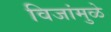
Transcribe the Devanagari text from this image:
विजांमुळे